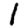
Digit: 1